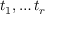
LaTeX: t _ { 1 } , \ldots t _ { r }